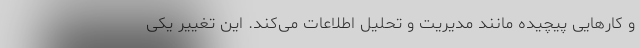
و کارهایی پیچیده مانند مدیریت و تحلیل اطلاعات می‌کند. این تغییر یکی